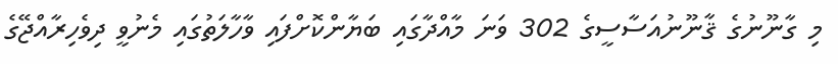
މި ގާނޫނުގެ ޤާނޫނުއަސާސީގެ 302 ވަނަ މާއްދާގައި ބަޔާންކޮށްފައި ވާހާލަތުގައި މެނުވީ ދިވެހިރާއްޖޭގެ